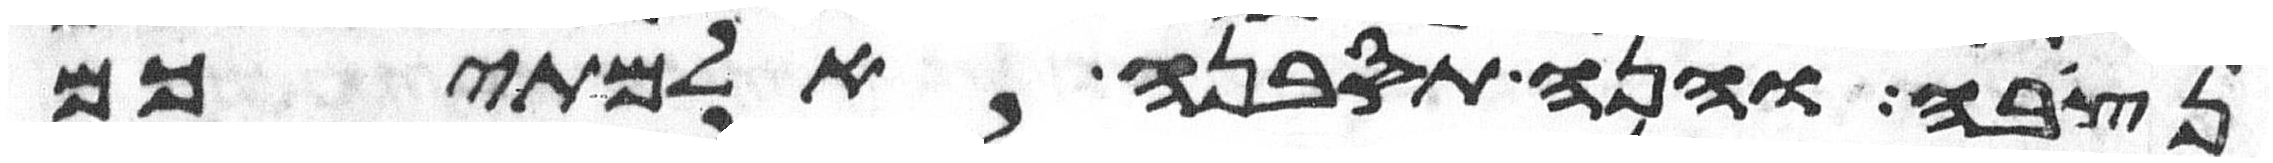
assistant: נצבה והנה תסבנה אלמתיכם